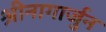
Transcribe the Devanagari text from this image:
श्रीनागार्जुन